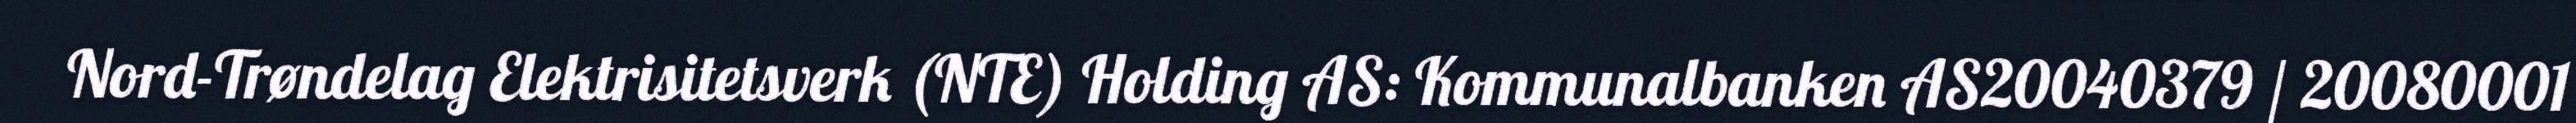
Nord-Trøndelag Elektrisitetsverk (NTE) Holding AS: Kommunalbanken AS20040379 / 20080001